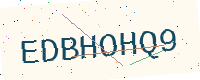
Text: EDBHOHQ9